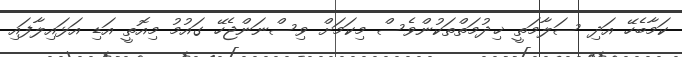
ކަމާބެހޭ އަދި ސަލާމަތީ ޚިދުމަތްތަކުންވެސް މިކަމަށް ވިސްނަންޖެހޭ ގައުމު މިއޮތީ އަޑި އަޅައިލާފައި